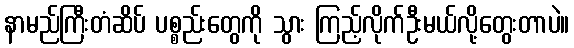
နာမည်ကြီးတံဆိပ် ပစ္စည်းတွေကို သွား ကြည့်လိုက်ဦးမယ်လို့တွေးတာပဲ။